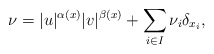
\begin{align*}\nu = |u|^{\alpha(x)}|v|^{\beta(x)}+ \sum_{i \in I}\nu_{i}\delta_{x_i},\end{align*}